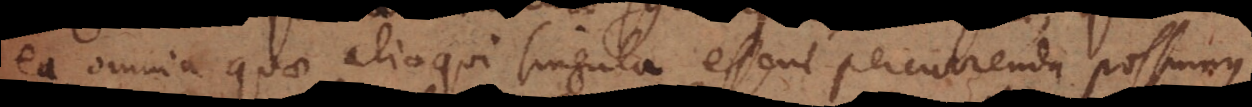
ea omnia quae alioqui singula essent percurrenda possumus